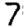
Digit: 7